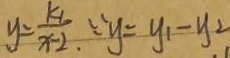
y = \frac { k _ { 1 } } { x - 2 } . \because y = y _ { 1 } - y _ { 2 }